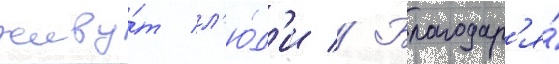
живу́т л'ю́д'и // Благодар'я́